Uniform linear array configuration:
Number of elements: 24
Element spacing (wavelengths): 0.75
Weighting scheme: cosine
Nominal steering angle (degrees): -45
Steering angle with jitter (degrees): -46.506
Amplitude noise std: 0.05
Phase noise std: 0.05

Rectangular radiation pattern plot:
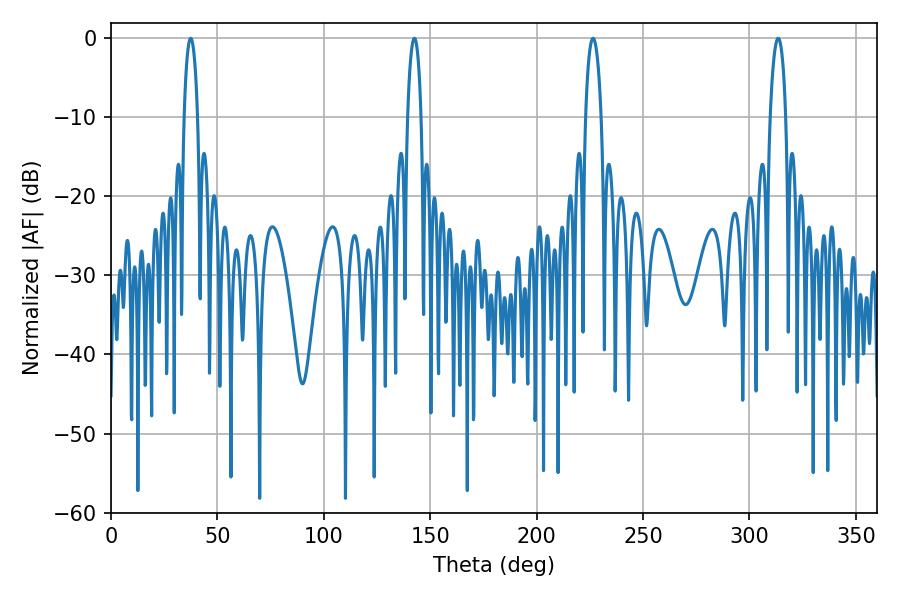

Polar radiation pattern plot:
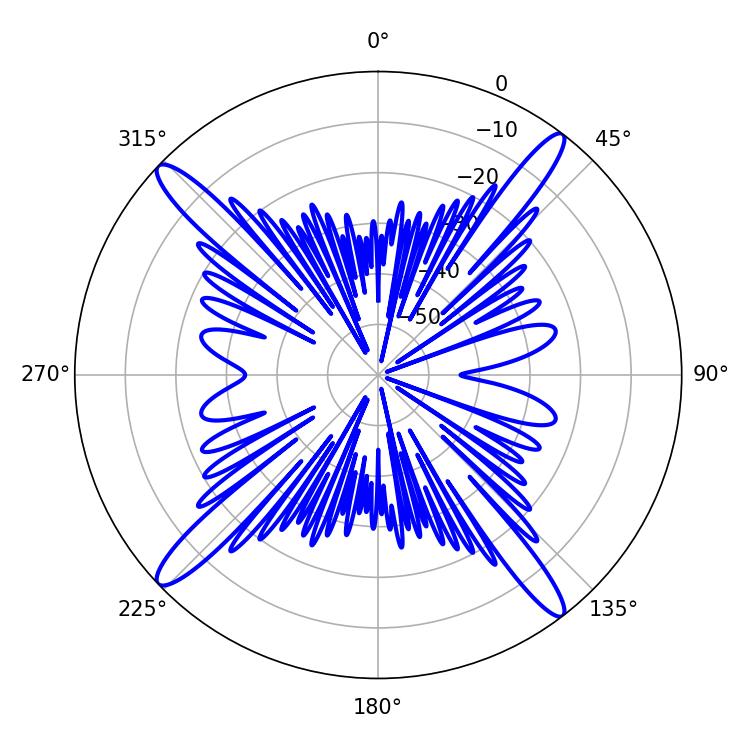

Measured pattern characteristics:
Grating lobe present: TRUE
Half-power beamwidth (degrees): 3.6
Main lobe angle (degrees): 37.44